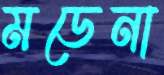
মডেনা